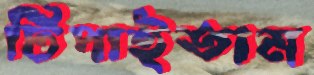
টিপাইতাম